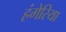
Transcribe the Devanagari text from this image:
हंगेरिया